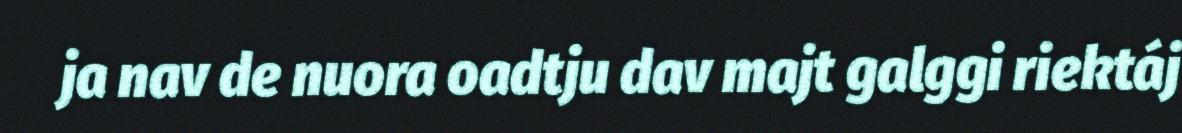
ja nav de nuora oadtju dav majt galggi riektáj